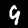
Label: 9